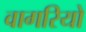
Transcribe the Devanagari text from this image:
वागरियो